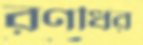
রণধির